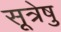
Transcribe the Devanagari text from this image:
सूत्रेषु